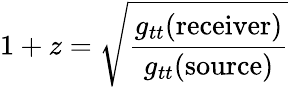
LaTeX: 1+z={\sqrt{\frac{g_{tt}({\mathrm{receiver}})}{g_{tt}({\mathrm{source}})}}}